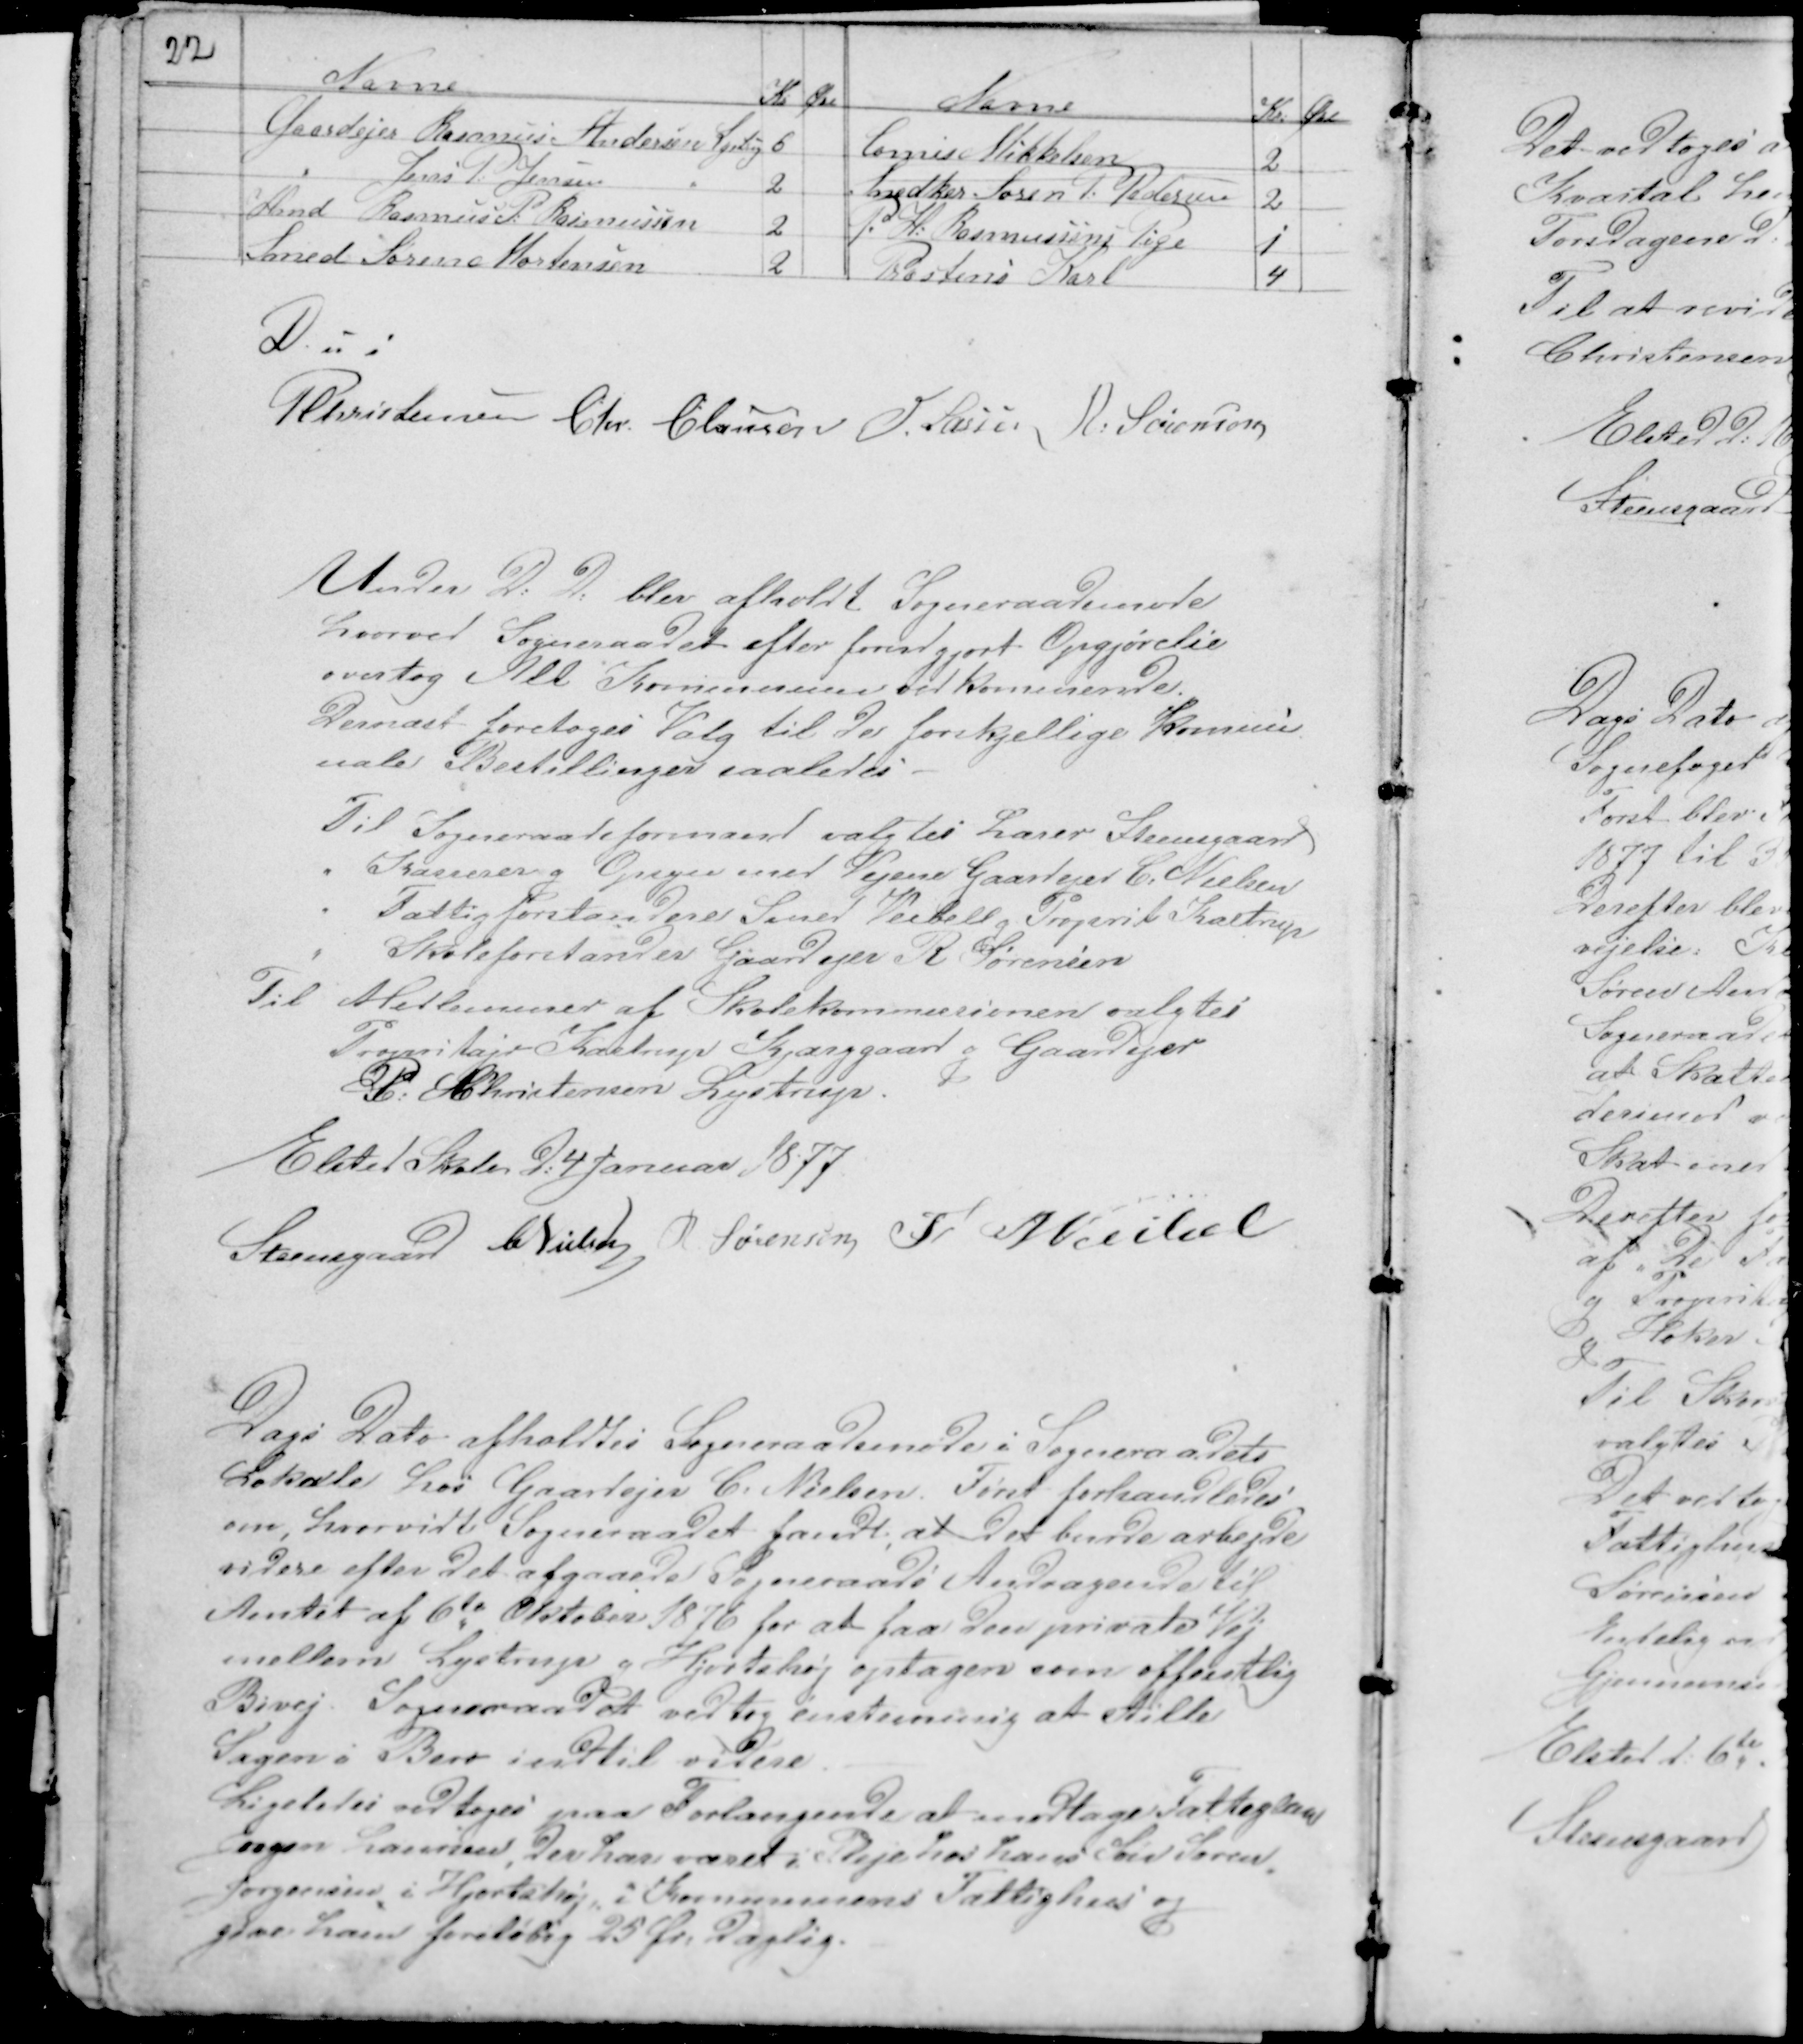
Transskription:
22

D. u s

PChristensen Chr. Clausen H Lassen R: Sørensen

Under D: D: blev afholdt Sogneraadsmøde
hvorved Sogneraadet efter forudgjort Opgjørelse
overtog Alt Kommunen vedkommende.
Dernæst foretoges Valg til de forskjellige Kommu
nale Bestillinger saaledes -
Til Sogneraadsformand valgtes Lærer Steensgaard
" Kasserer g Opsyn med Vejene Gaardejer C: Nielsen
" Fattigforstadere Smed Veibell g Proprit Kastrup
" Skoleforstander Gaardejer R Sørensen
Til Medlemmer af Skolekommissionen valgtes
Propritajn Kastrup Kjærggaard g Gaardejer
P: Christensen Lystrup.
Elsted Skole D: 4 Januar 1877
Steensgaard CNielsen R Sørensen F Weibel

Dags Dato afholdtes Sogneraadsmøde i Sogneraadets
Lokale hos Gaardejer C: Nielsen. Først forhandledes
om, hvorvidt Sogneraadet fandt; at det burde arbejde
videre efter det afgaaede Sogneraads Andragende til
Amtet af 6te Oktober 1876 for at faa den private Vej
mellem Lystrup g Hjortshøj optagen som offentlig
Bivej. Sogneraadet vedtog enstemmig at stille
Sagen i Bero indtil videre -
Ligeledes vedtoges paa Forlangende at modtage Fattiglem
Jørgen Laursen, der har været i Pleje hos hans Søn Søren
Jørgensen i Hjortshøj i Kommunens Fattighus og
give ham foreløbig 25 Ør: Daglig.